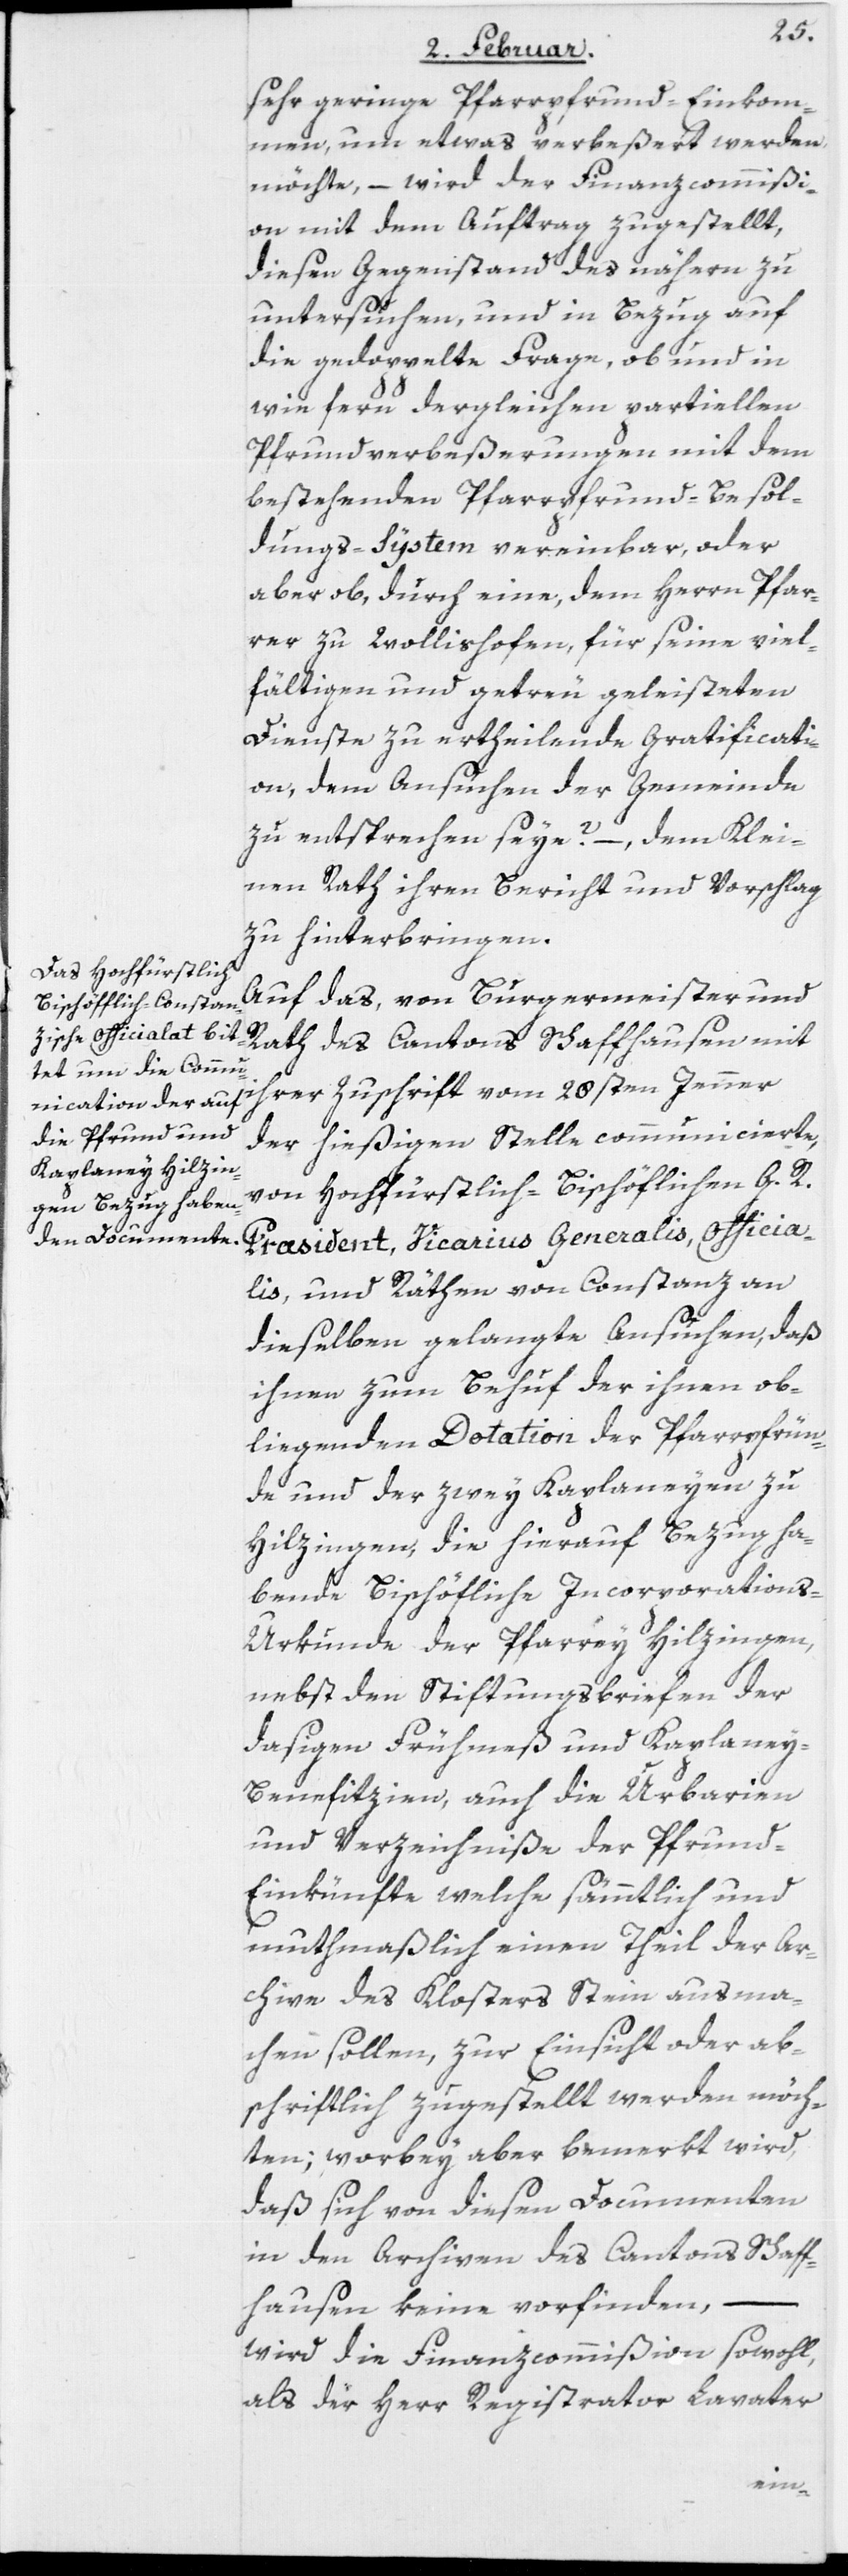
sehr geringe Pfarrpfrund-Einkom¬
men, um etwas verbeßert werden
möchte, – wird der Finanzcommißi¬
on mit dem Auftrag zugestellt,
diesen Gegenstand des nähern zu
untersuchen, und in Bezug auf
die gedoppelte Frage, ob und in
wie fern dergleichen partiellen
Pfrundverbeßerungen mit dem
bestehenden Pfarrpfrund-Besol¬
dungs-System vereinbar, oder
aber ob, durch eine, dem Herrn Pfar¬
rer zu Wollishofen, für seine viel¬
fältigen und getreu geleisteten
Dienste zu ertheilende Gratificati¬
on, dem Ansuchen der Gemeinde
zu entsprechen seye? –, dem Klei¬
nen Rath ihren Bericht und Vorschlag
zu hinterbringen.
Auf das, von Bürgermeister und
Rath des Cantons Schaffhausen mit
ihrer Zuschrift vom 28sten Jenner
der hießigen Stelle communicierte,
von Hochfürstlich-Bischöflichen G. R.
Præsident, Vicarius Generalis, Officia¬
lis, und Räthen von Constanz an
dieselben gelangte Ansuchen, daß
ihnen zum Behuf der ihnen ob¬
liegenden Dotation der Pfarrpfrün¬
de und der zwey Kaplaneyen zu
Hilzingen, die hierauf Bezug ha¬
bende Bischöfliche Incorporation¬
s-Urkunde der Pfarrey Hilzingen,
nebst den Stiftungsbriefen der
dasigen Frühmeß und Kaplaney-B¬
enefitzien, auch die Urbarien
und Verzeichniße der Pfrun¬
d-Einkünfte, welche sämmtlich und
muthmaßlich einen Theil der Ar¬
chive des Klosters Stein ausma¬
chen sollen, zur Einsicht oder ab¬
schriftlich zugestellt werden möch¬
ten; worbey aber bemerkt wird,
daß sich von diesen Documenten
in den Archiven des Cantons Schaff¬
hausen keine vorfinden, –
wird die Finanzcommißion sowohl,
als der Herr Registrator Lavater